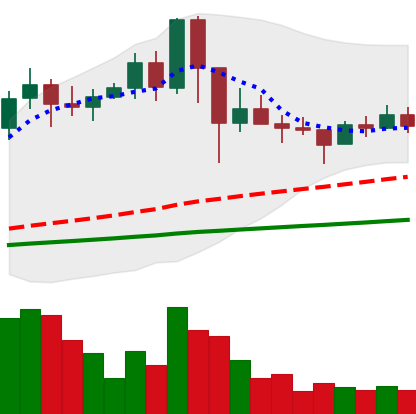
Ticker: NEO-USD
Chart end date: 2021-03-04
Forward return: 12.345%
Label: up_7plus